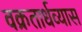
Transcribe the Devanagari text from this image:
वक्रतार्धव्यास